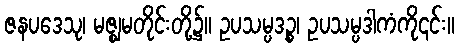
ဇနပဒေသု၊ မဇ္ဈမတိုင်းတို့၌။ ဥပသမ္ပဒဉ္စ၊ ဥပသမ္ပဒါကံကို၎င်း။